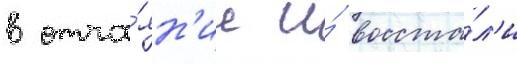
в отча́ян'ие и́ восста́л'и